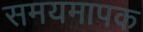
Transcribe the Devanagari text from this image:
समयमापक